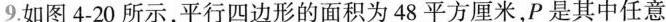
9.如图4-20所示，平行四边形的面积为48平方厘米，P是其中任意